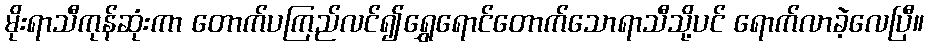
မိုးရာသီကုန်ဆုံးကာ တောက်ပကြည်လင်၍ရွှေရောင်တောက်သောရာသီသို့ပင် ရောက်လာခဲ့လေပြီ။